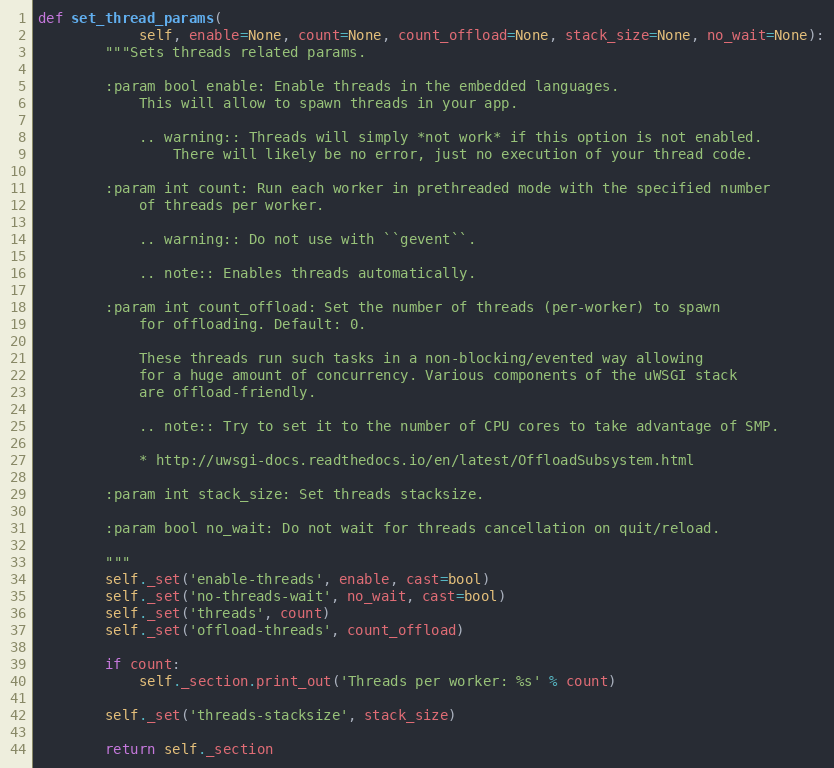
Language: Python
def set_thread_params(
            self, enable=None, count=None, count_offload=None, stack_size=None, no_wait=None):
        """Sets threads related params.

        :param bool enable: Enable threads in the embedded languages.
            This will allow to spawn threads in your app.

            .. warning:: Threads will simply *not work* if this option is not enabled.
                There will likely be no error, just no execution of your thread code.

        :param int count: Run each worker in prethreaded mode with the specified number
            of threads per worker.

            .. warning:: Do not use with ``gevent``.

            .. note:: Enables threads automatically.

        :param int count_offload: Set the number of threads (per-worker) to spawn
            for offloading. Default: 0.

            These threads run such tasks in a non-blocking/evented way allowing
            for a huge amount of concurrency. Various components of the uWSGI stack
            are offload-friendly.

            .. note:: Try to set it to the number of CPU cores to take advantage of SMP.

            * http://uwsgi-docs.readthedocs.io/en/latest/OffloadSubsystem.html

        :param int stack_size: Set threads stacksize.

        :param bool no_wait: Do not wait for threads cancellation on quit/reload.

        """
        self._set('enable-threads', enable, cast=bool)
        self._set('no-threads-wait', no_wait, cast=bool)
        self._set('threads', count)
        self._set('offload-threads', count_offload)

        if count:
            self._section.print_out('Threads per worker: %s' % count)

        self._set('threads-stacksize', stack_size)

        return self._section